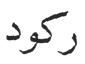
ركود